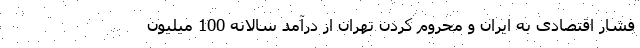
فشار اقتصادی به ایران و محروم کردن تهران از درآمد سالانه 100 میلیون